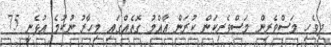
ދިވެހި މަސްވެރިން މަސްވެރިކަން ކުރަން އާއްމު ގޮތެއްގައި މިހާރު ނުކުމެ އުޅެނީ 75